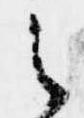
之